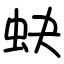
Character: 蚗